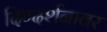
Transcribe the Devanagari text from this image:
दिग्दर्शनावर